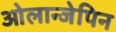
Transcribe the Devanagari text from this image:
ओलान्जेपिन